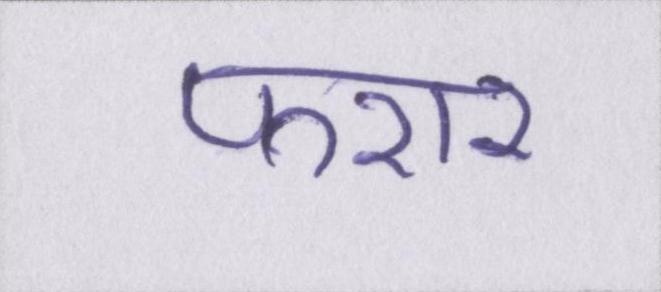
फरार